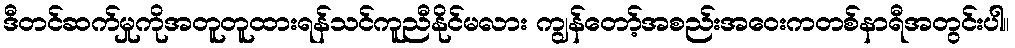
ဒီတင်ဆက်မှုကိုအတူတူထားရန်သင်ကူညီနိုင်မလား ကျွန်တော့်အစည်းအဝေးကတစ်နာရီအတွင်းပါ။